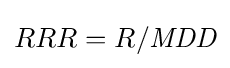
RRR=R/{\textit {MDD}}